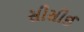
સીસીઈ